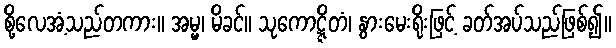
စို့လေအံ့သည်တကား။ အမ္မ၊ မိခင်။ သုကောဋ္ဋိတံ၊ နွားမေးရိုးဖြင့် ခတ်အပ်သည်ဖြစ်၍။